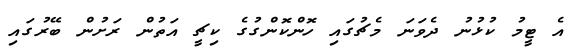
އެ ޓީމު ކުޅުނު ދެވަނަ މެޗުގައި ހޮންކޮންގުގެ ކިޗީ އަތުން ރަށުން ބޭރުގައި